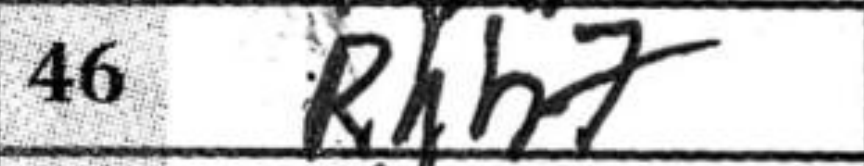
Transcription: Rxh7